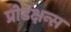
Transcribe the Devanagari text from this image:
प्रोडक्षन्स